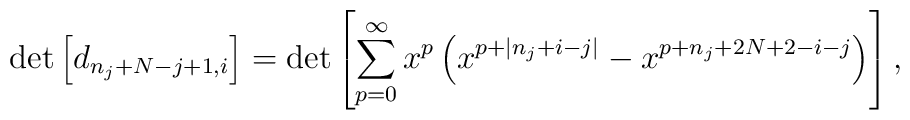
\det\left[d_{n_{j}+N-j+1,i}\right] =\det\left[\sum_{p=0}^{\infty}x^{p}\left(x^{p+|n_{j}+i-j|}-x^{p+n_{j}+2N+2-i-j}\right)\right],